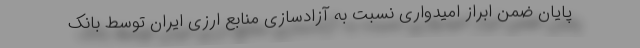
پایان ضمن ابراز امیدواری نسبت به آزادسازی منابع ارزی ایران توسط بانک